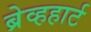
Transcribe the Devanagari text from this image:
ब्रेव्हहार्ट